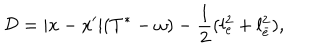
{ \cal D } = | x - x ^ { \prime } | ( T ^ { * } - \omega ) - \frac { 1 } { 2 } ( l _ { e } ^ { 2 } + l _ { \bar { e } } ^ { 2 } ) ,